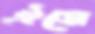
ঐসে